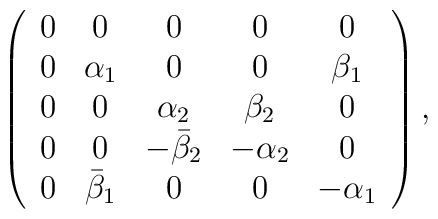
\left(\begin{array}{ccccc}	0&0&0&0&0\\0&\alpha_1&0&0&\beta_1\\	0&0&\alpha_2&\beta_2&0\\0&0&-{\bar \beta}_2&-\alpha_2&0\\	0&\-{\bar \beta}_1&0&0&-\alpha_1	\end{array}\right),